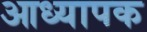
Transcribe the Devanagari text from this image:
आध्यापक